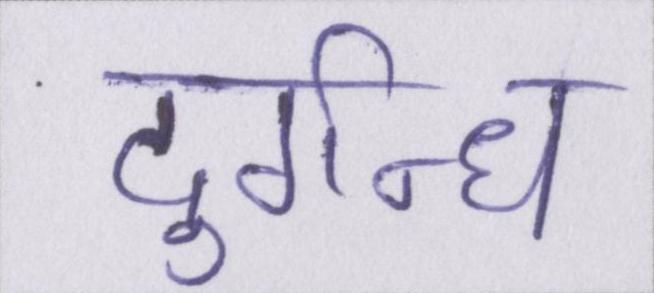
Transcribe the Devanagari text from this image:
दुर्गन्ध